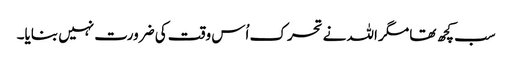
سب کچھ تھا مگر اللہ نے تحرک اُس وقت کی ضرورت نہیں بنایا۔